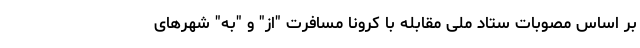
بر اساس مصوبات ستاد ملی مقابله با کرونا مسافرت "از" و "به" شهرهای